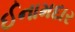
ઈનામદાર